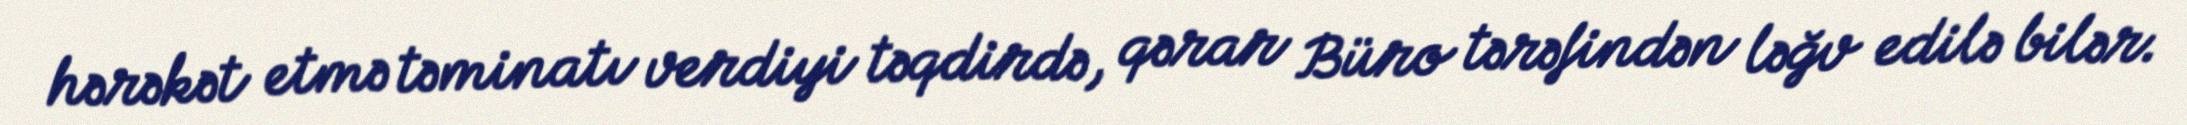
hərəkət etmə təminatı verdiyi təqdirdə, qərar Büro tərəfindən ləğv edilə bilər.